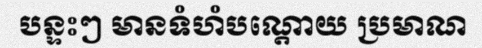
បន្ទះៗ មានទំហំបណ្តោយ ប្រមាណ